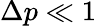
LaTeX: \Delta p\ll 1